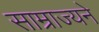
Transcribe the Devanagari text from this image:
साम्राज्यने